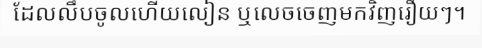
ដែលលឹបចូលហើយលៀន ឬលេចចេញមកវិញរឿយៗ។